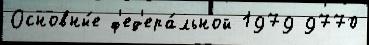
Основны́е ф'ед'ера́льной 1979 9770